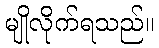
မျိုလိုက်ရသည်။